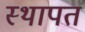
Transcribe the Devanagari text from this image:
स्थापत